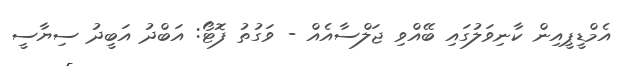
އެމްޑީޕީއިން ކާނިވަލުގައި ބޭއްވި ޖަލްސާއެއް - ވަގުތު ފޮޓޯ: އަބްދު އަބީދު ސިޔާސީ